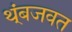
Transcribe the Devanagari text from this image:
थ्ंबजवत